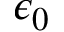
\epsilon _ { 0 }